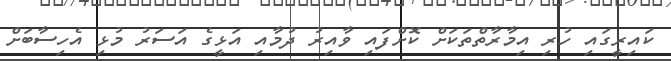
ކައިރީގައި ހުރި އިމާރާތްތަކަށް ކޮށްފައި ވާއިރު ދުމާއި އަޅީގެ އަސަރު މުޅި އެހިސާބަށް